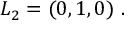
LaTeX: L _ { 2 } = ( 0 , 1 , 0 ) \ .